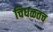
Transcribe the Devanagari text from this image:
चिघळतच